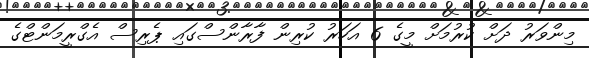
މިންވަރު ދަށް ކުރުމަށް މީގެ 6 އަހަރު ކުރިން ފާރާންސްގައި ޕެރިސް އެގްރީމަންޓްގެ